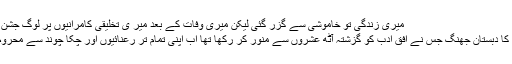
میری زندگی تو خاموشی سے گزر گئی لیکن میری وفات کے بعد میر ی تخلیقی کامرانیوں پر لوگ جشن منائیں گے )
اردو شاعری کا دبستان جھنگ جس نے افق ادب کو گزشتہ آٹھ عشروں سے منور کر رکھا تھا اب اپنی تمام تر رعنائیوں اور چکا چوند سے محروم ہو چکا ہے۔